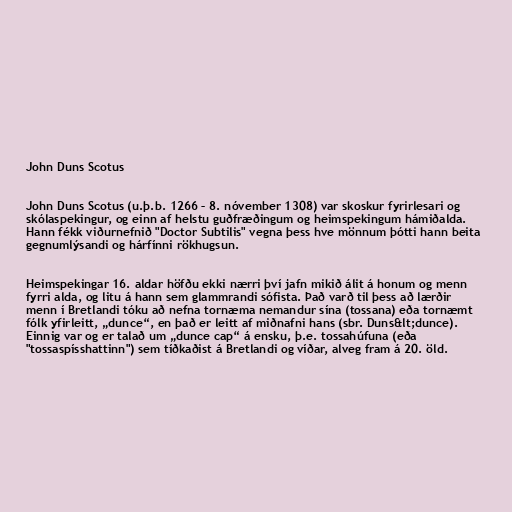
John Duns Scotus

John Duns Scotus (u.þ.b. 1266 – 8. nóvember 1308) var skoskur fyrirlesari og
skólaspekingur, og einn af helstu guðfræðingum og heimspekingum hámiðalda.
Hann fékk viðurnefnið "Doctor Subtilis" vegna þess hve mönnum þótti hann beita
gegnumlýsandi og hárfínni rökhugsun.

Heimspekingar 16. aldar höfðu ekki nærri því jafn mikið álit á honum og menn
fyrri alda, og litu á hann sem glammrandi sófista. Það varð til þess að lærðir
menn í Bretlandi tóku að nefna tornæma nemandur sína (tossana) eða tornæmt
fólk yfirleitt, „dunce“, en það er leitt af miðnafni hans (sbr. Duns&lt;dunce).
Einnig var og er talað um „dunce cap“ á ensku, þ.e. tossahúfuna (eða
"tossaspísshattinn") sem tíðkaðist á Bretlandi og víðar, alveg fram á 20. öld.